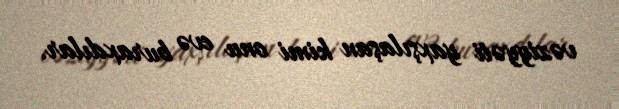
vəziyyəti yaxşılaşan kimi onu evə buraxdılar.